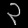
Digit: ၃